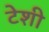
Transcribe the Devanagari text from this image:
टेशी